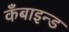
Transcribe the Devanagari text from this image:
कँबाइन्ड